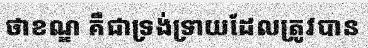
ថាខណ្ឌ គឺជាទ្រង់ទ្រាយដែលត្រូវបាន